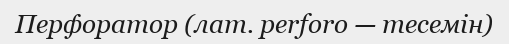
Перфоратор (лат. perforo — тесемін)